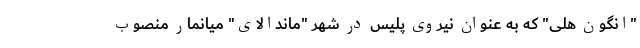
"انگون هلی" که به عنوان نیروی پلیس در شهر "ماندالای" میانمار منصوب